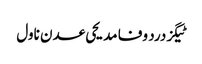
ٹیگزدرد وفا مدیحی عدن ناول